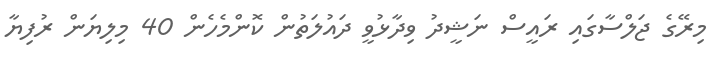
މިރޭގެ ޖަލްސާގައި ރައީސް ނަޝީދު ވިދާޅުވީ ދައުލަތުން ކޮންމެހެން 40 މިލިޔަން ރުފިޔާ